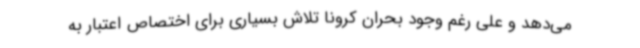
می‌دهد و علی رغم وجود بحران کرونا تلاش بسیاری برای اختصاص اعتبار به